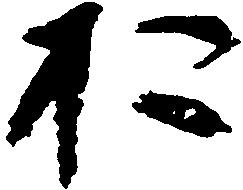
お